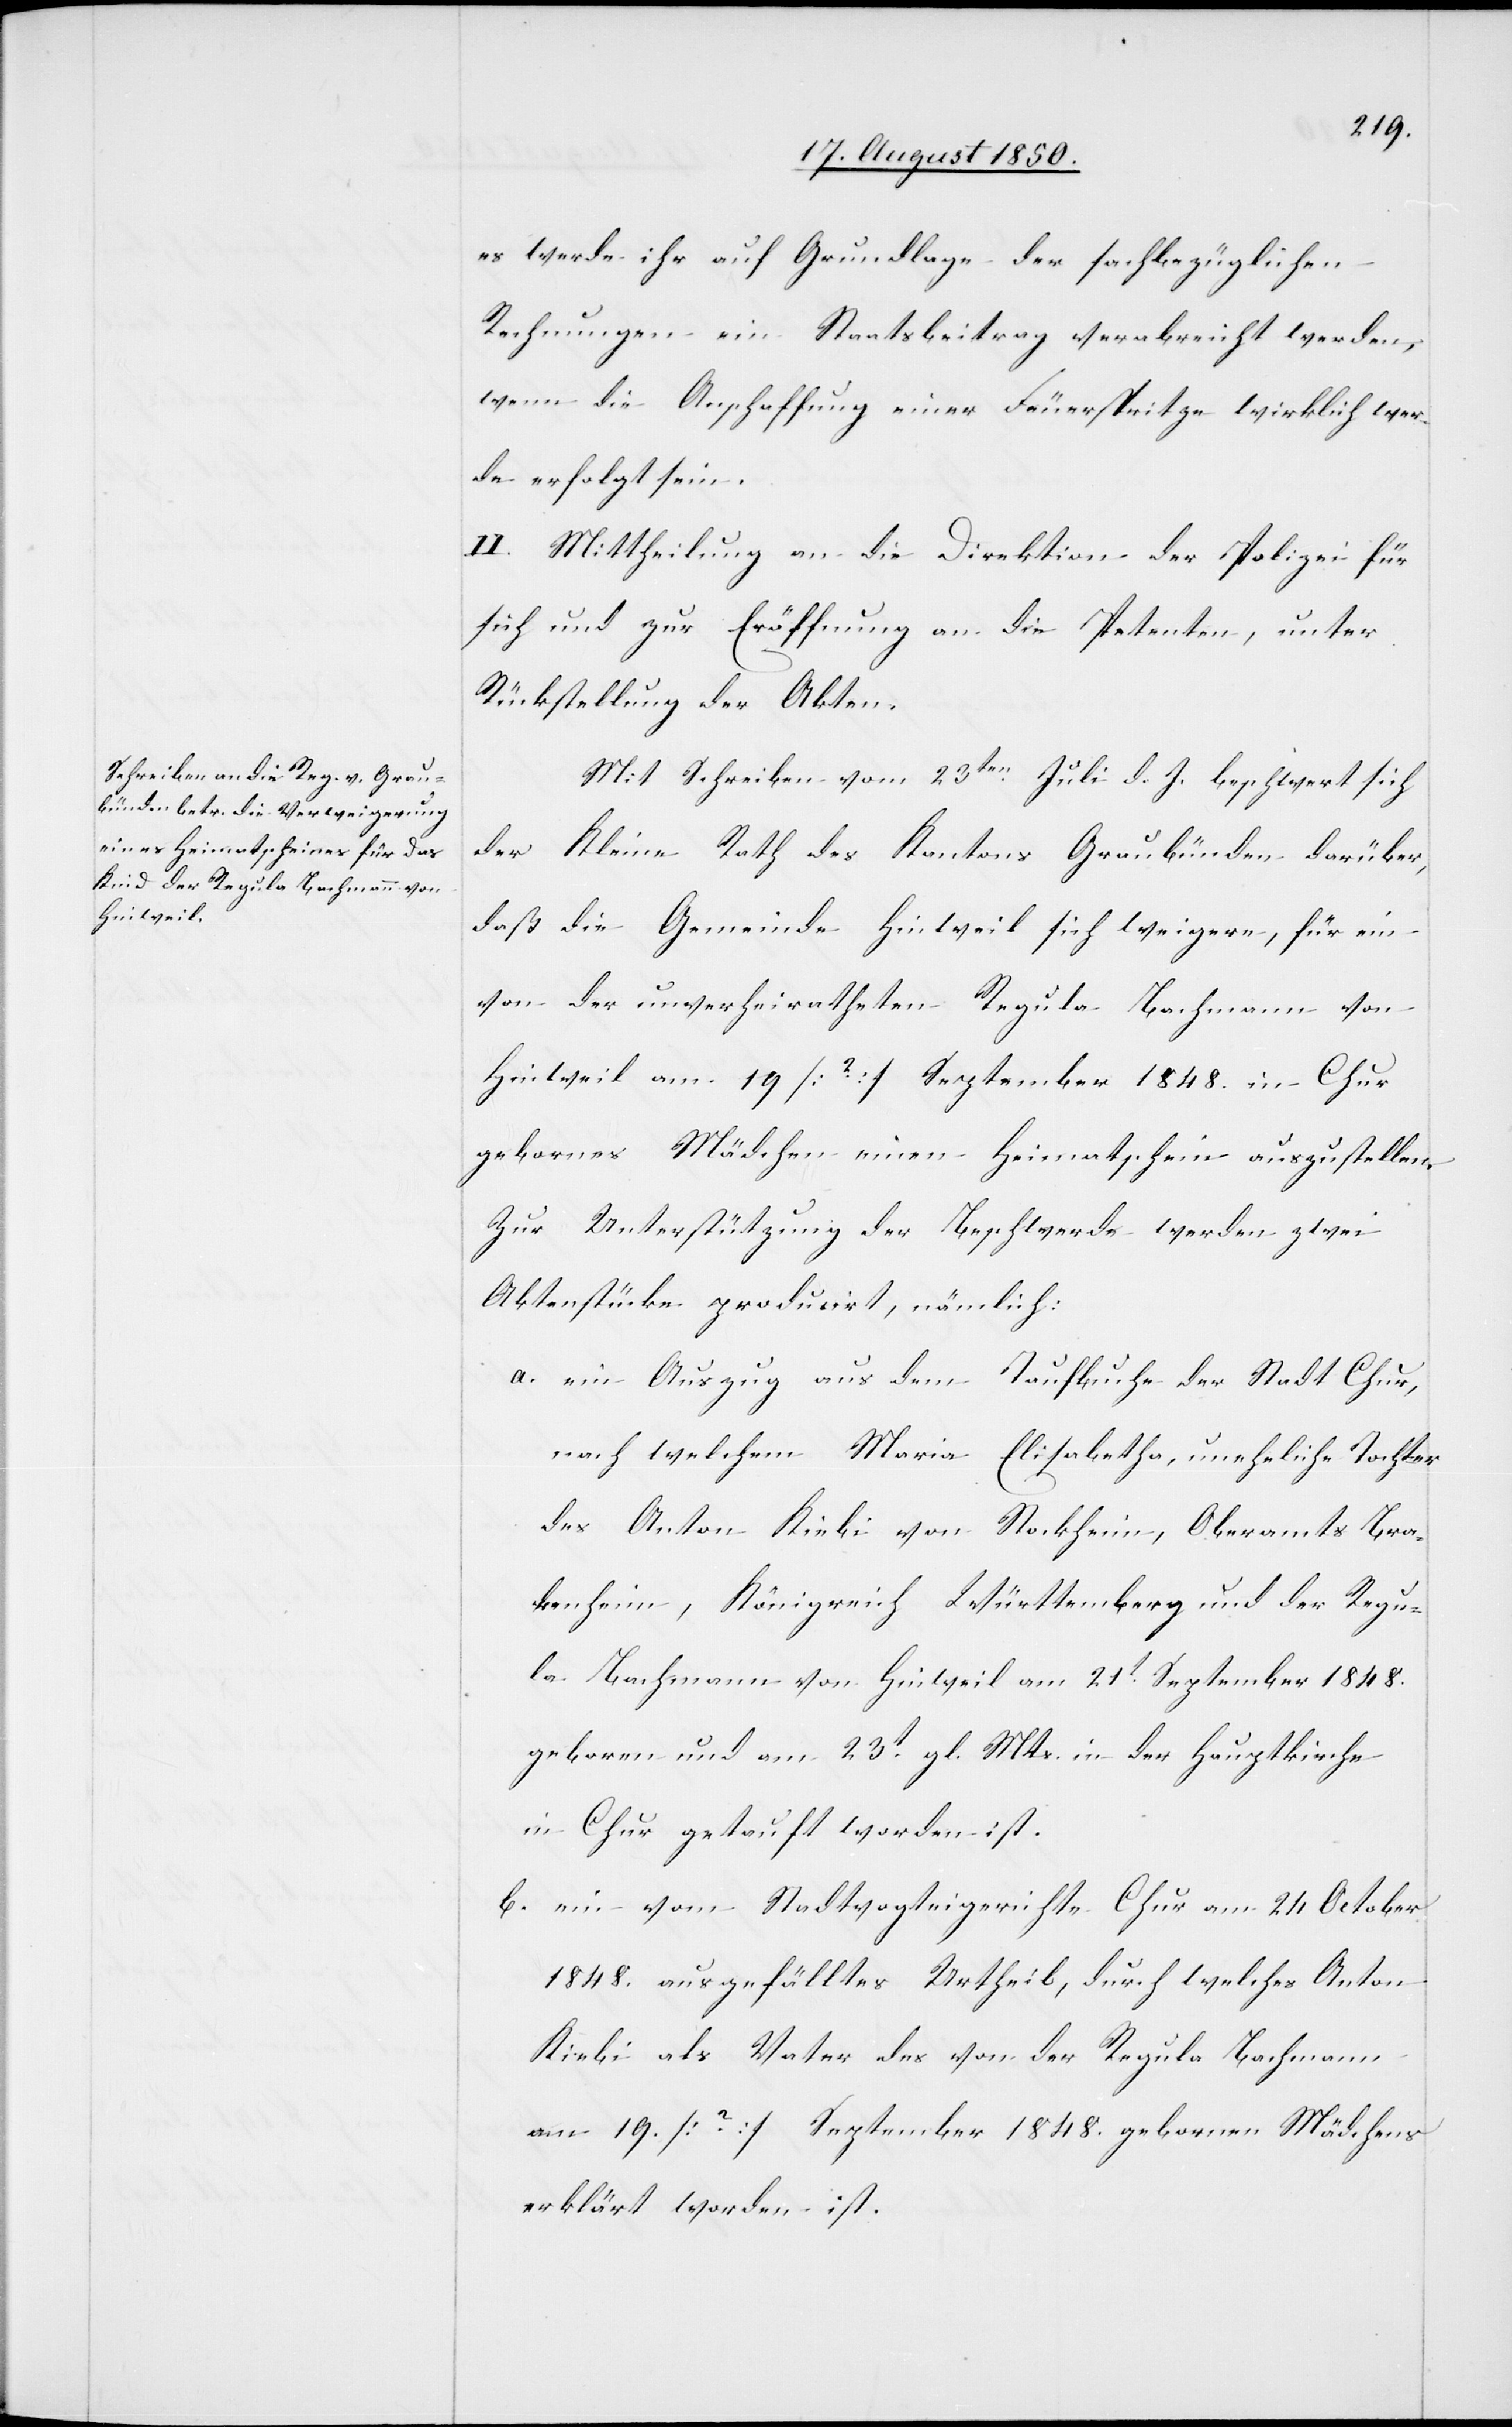
es werde ihr auf Grundlage der sachbezüglichen
Rechnungen ein Staatsbeitrag verabreicht werden,
wenn die Anschaffung einer Feuerspritze wirklich wer¬
de erfolgt sein.
II. Mittheilung an die Direktion der Polizei für
sich und zur Eröffnung an die Petenten, unter
Rückstellung der Akten.
Mit Schreiben vom 23ten Juli d. J. beschwert sich
der Kleine Rath des Kantons Graubünden darüber,
daß die Gemeinde Hinweil sich weigere, für ein
von der unverheiratheten Regula Bachmann von
Hinweil am 19 [?] September 1848. in Chur
gebornes Mädchen einen Heimatschein auszustellen.
Zur Unterstützung der Beschwerde werden zwei
Aktenstücke producirt, nämlich:
a. ein Auszug aus dem Taufbuche der Stadt Chur,
nach welchem Maria Elisabetha, uneheliche Tochter
des Anton Kiebi von Stockheim, Oberamts Bra¬
kenheim, Königreich Württemberg und der Regu¬
la Bachmann von Hinweil am 21t September 1848.
geboren und am 23t gl. Mts. in der Hauptkirche
in Chur getauft worden ist.
b. ein vom Stadtvogteigerichte Chur am 24 October
1848. ausgefälltes Urtheil, durch welches Anton
Kiebi als Vater des von der Regula Bachmann
am 19. [?] September 1848. gebornen Mädchens
erklärt worden ist.